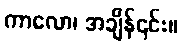
ကာလော၊ အချိန်၎င်း။